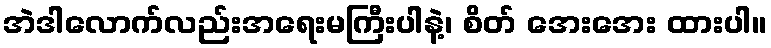
အဲဒါလောက်လည်းအရေးမကြီးပါနဲ့၊ စိတ် အေးအေး ထားပါ။